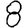
Digit: 8